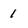
Character: 1